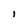
Character: 1